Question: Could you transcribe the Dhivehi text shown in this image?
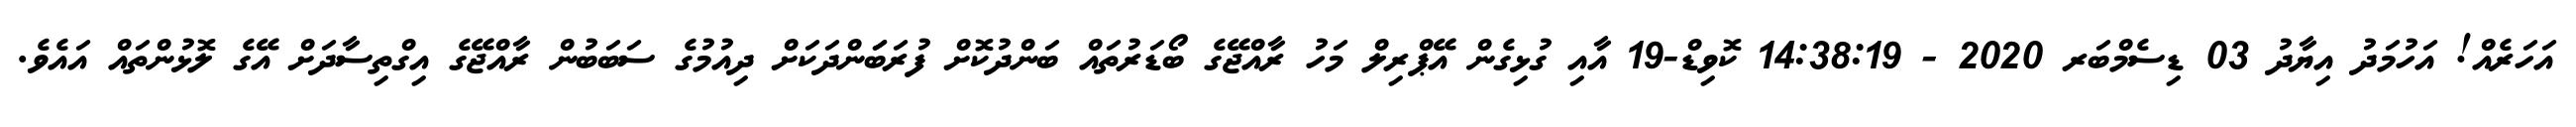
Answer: އަހަރެއް! އަހުމަދު އިޔާދު 03 ޑިސެމްބަރ 2020 - 14:38:19 ކޮވިޑް-19 އާއި ގުޅިގެން އޭޕްރިލް މަހު ރާއްޖޭގެ ބޯޑަރުތައް ބަންދުކޮށް ފުރަބަަންދަކަށް ދިއުމުގެ ސަބަބުން ރާއްޖޭގެ އިގްތިސާދަށް އޭގެ ލޮޅުންތައް އައެވެ.